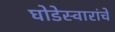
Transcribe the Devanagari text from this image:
घोडेस्वारांचे